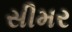
સીમર